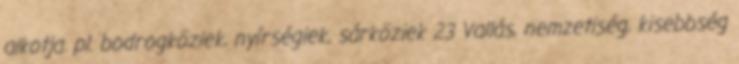
alkotja. pl. bodrogköziek, nyírségiek, sárköziek 23 Vallás, nemzetiség, kisebbség